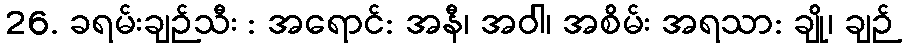
26. ခရမ်းချဉ်သီး : အရောင်: အနီ၊ အဝါ၊ အစိမ်း အရသာ: ချို၊ ချဉ်